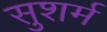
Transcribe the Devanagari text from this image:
सुशर्म